Indian journal of veterinary science and animal husbandry - Volumes 18-21, 1948-1951
Year: 1948
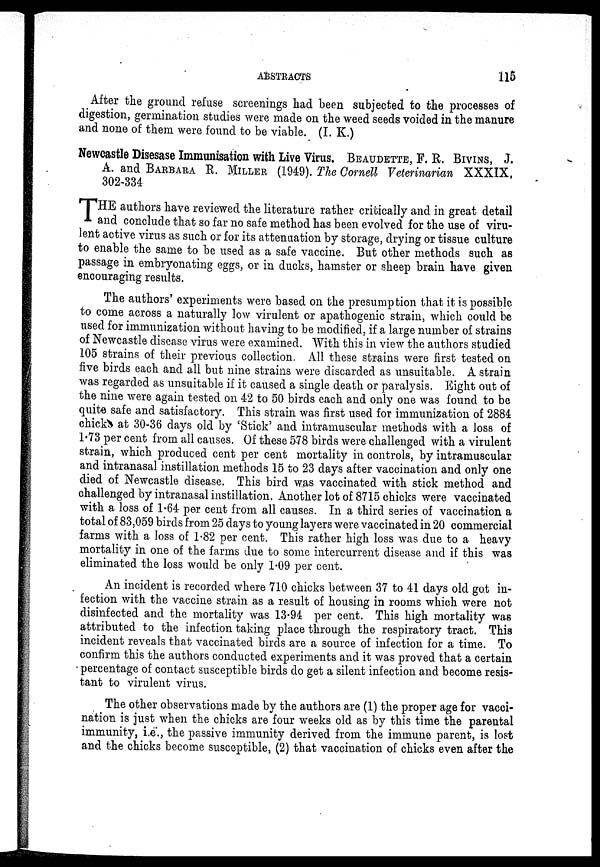
ABSTRACTS
115
After the ground refuse screenings had been subjected to the processes of
digestion, germination studies were made on the weed seeds voided in the manure
and none of them were found to be viable. (I. K.)
Newcastle Disesase Immunisation with Live Virus. BEAUDETTE, F. R. BIVINS, J.
A. and BARBARA R. MILLER (1949). The Cornell Veterinarian XXXIX,
302-334
THE authors have reviewed the literature rather critically and in great detail
and conclude that so far no safe method has been evolved for the use of viru-
lent active virus as such or for its attenuation by storage, drying or tissue culture
to enable the same to be used as a safe vaccine. But other methods such as
passage in embryonating eggs, or in ducks, hamster or sheep brain have given
encouraging results.
The authors' experiments were based on the presumption that it is possible
to come across a naturally low virulent or apathogenic strain, which could be
used for immunization without having to be modified, if a large number of strains
of Newcastle disease virus were examined. With this in view the authors studied
105 strains of their previous collection. All these strains were first tested on
five birds each and all but nine strains were discarded as unsuitable. A strain
was regarded as unsuitable if it caused a single death or paralysis. Eight out of
the nine were again tested on 42 to 50 birds each and only one was found to be
quite safe and satisfactory. This strain was first used for immunization of 2884
chicks at 30-36 days old by 'Stick' and intramuscular methods with a loss of
1.73 per cent from all causes. Of these 578 birds were challenged with a virulent
strain, which produced cent per cent mortality in controls, by intramuscular
and intranasal instillation methods 15 to 23 days after vaccination and only one
died of Newcastle disease. This bird was vaccinated with stick method and
challenged by intranasal instillation. Another lot of 8715 chicks were vaccinated
with a loss of 1.64 per cent from all causes. In a third series of vaccination a
total of 83,059 birds from 25 days to young layers were vaccinated in 20 commercial
farms with a loss of 1.82 per cent. This rather high loss was due to a heavy
mortality in one of the farms due to some intercurrent disease and if this was
eliminated the loss would be only 1.09 per cent.
An incident is recorded where 710 chicks between 37 to 41 days old got in-
fection with the vaccine strain as a result of housing in rooms which were not
disinfected and the mortality was 13.94 per cent. This high mortality was
attributed to the infection taking place through the respiratory tract. This
incident reveals that vaccinated birds are a source of infection for a time. To
confirm this the authors conducted experiments and it was proved that a certain
percentage of contact susceptible birds do get a silent infection and become resis-
tant to virulent virus.
The other observations made by the authors are (1) the proper age for vacci-
nation is just when the chicks are four weeks old as by this time the parental
immunity, i.e., the passive immunity derived from the immune parent, is lost
and the chicks become susceptible, (2) that vaccination of chicks even after the